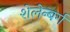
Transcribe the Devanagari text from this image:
शेलेन्बर्ग